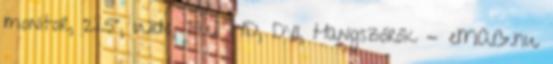
monitor, 21.5", Wide, Full HD, DVI, Hangszórók - eMAG.hu